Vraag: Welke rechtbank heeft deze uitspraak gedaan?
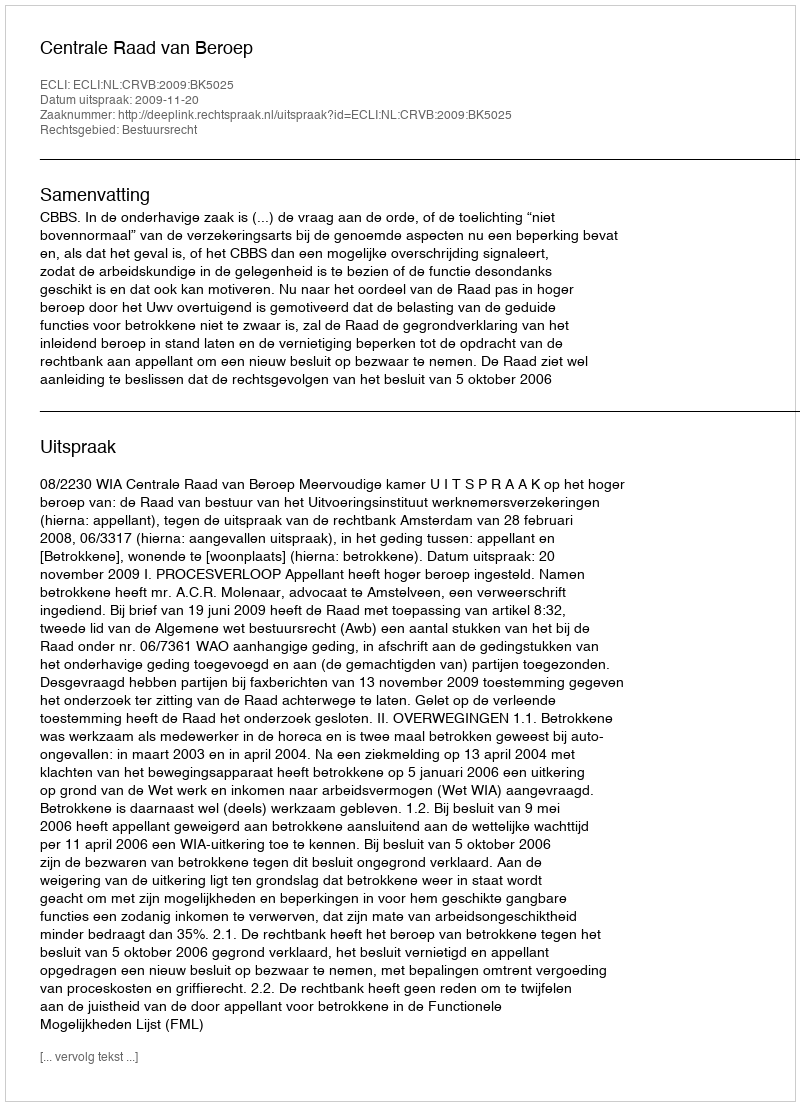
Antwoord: Centrale Raad van Beroep